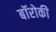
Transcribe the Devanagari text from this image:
बॉरोकी